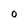
Character: O